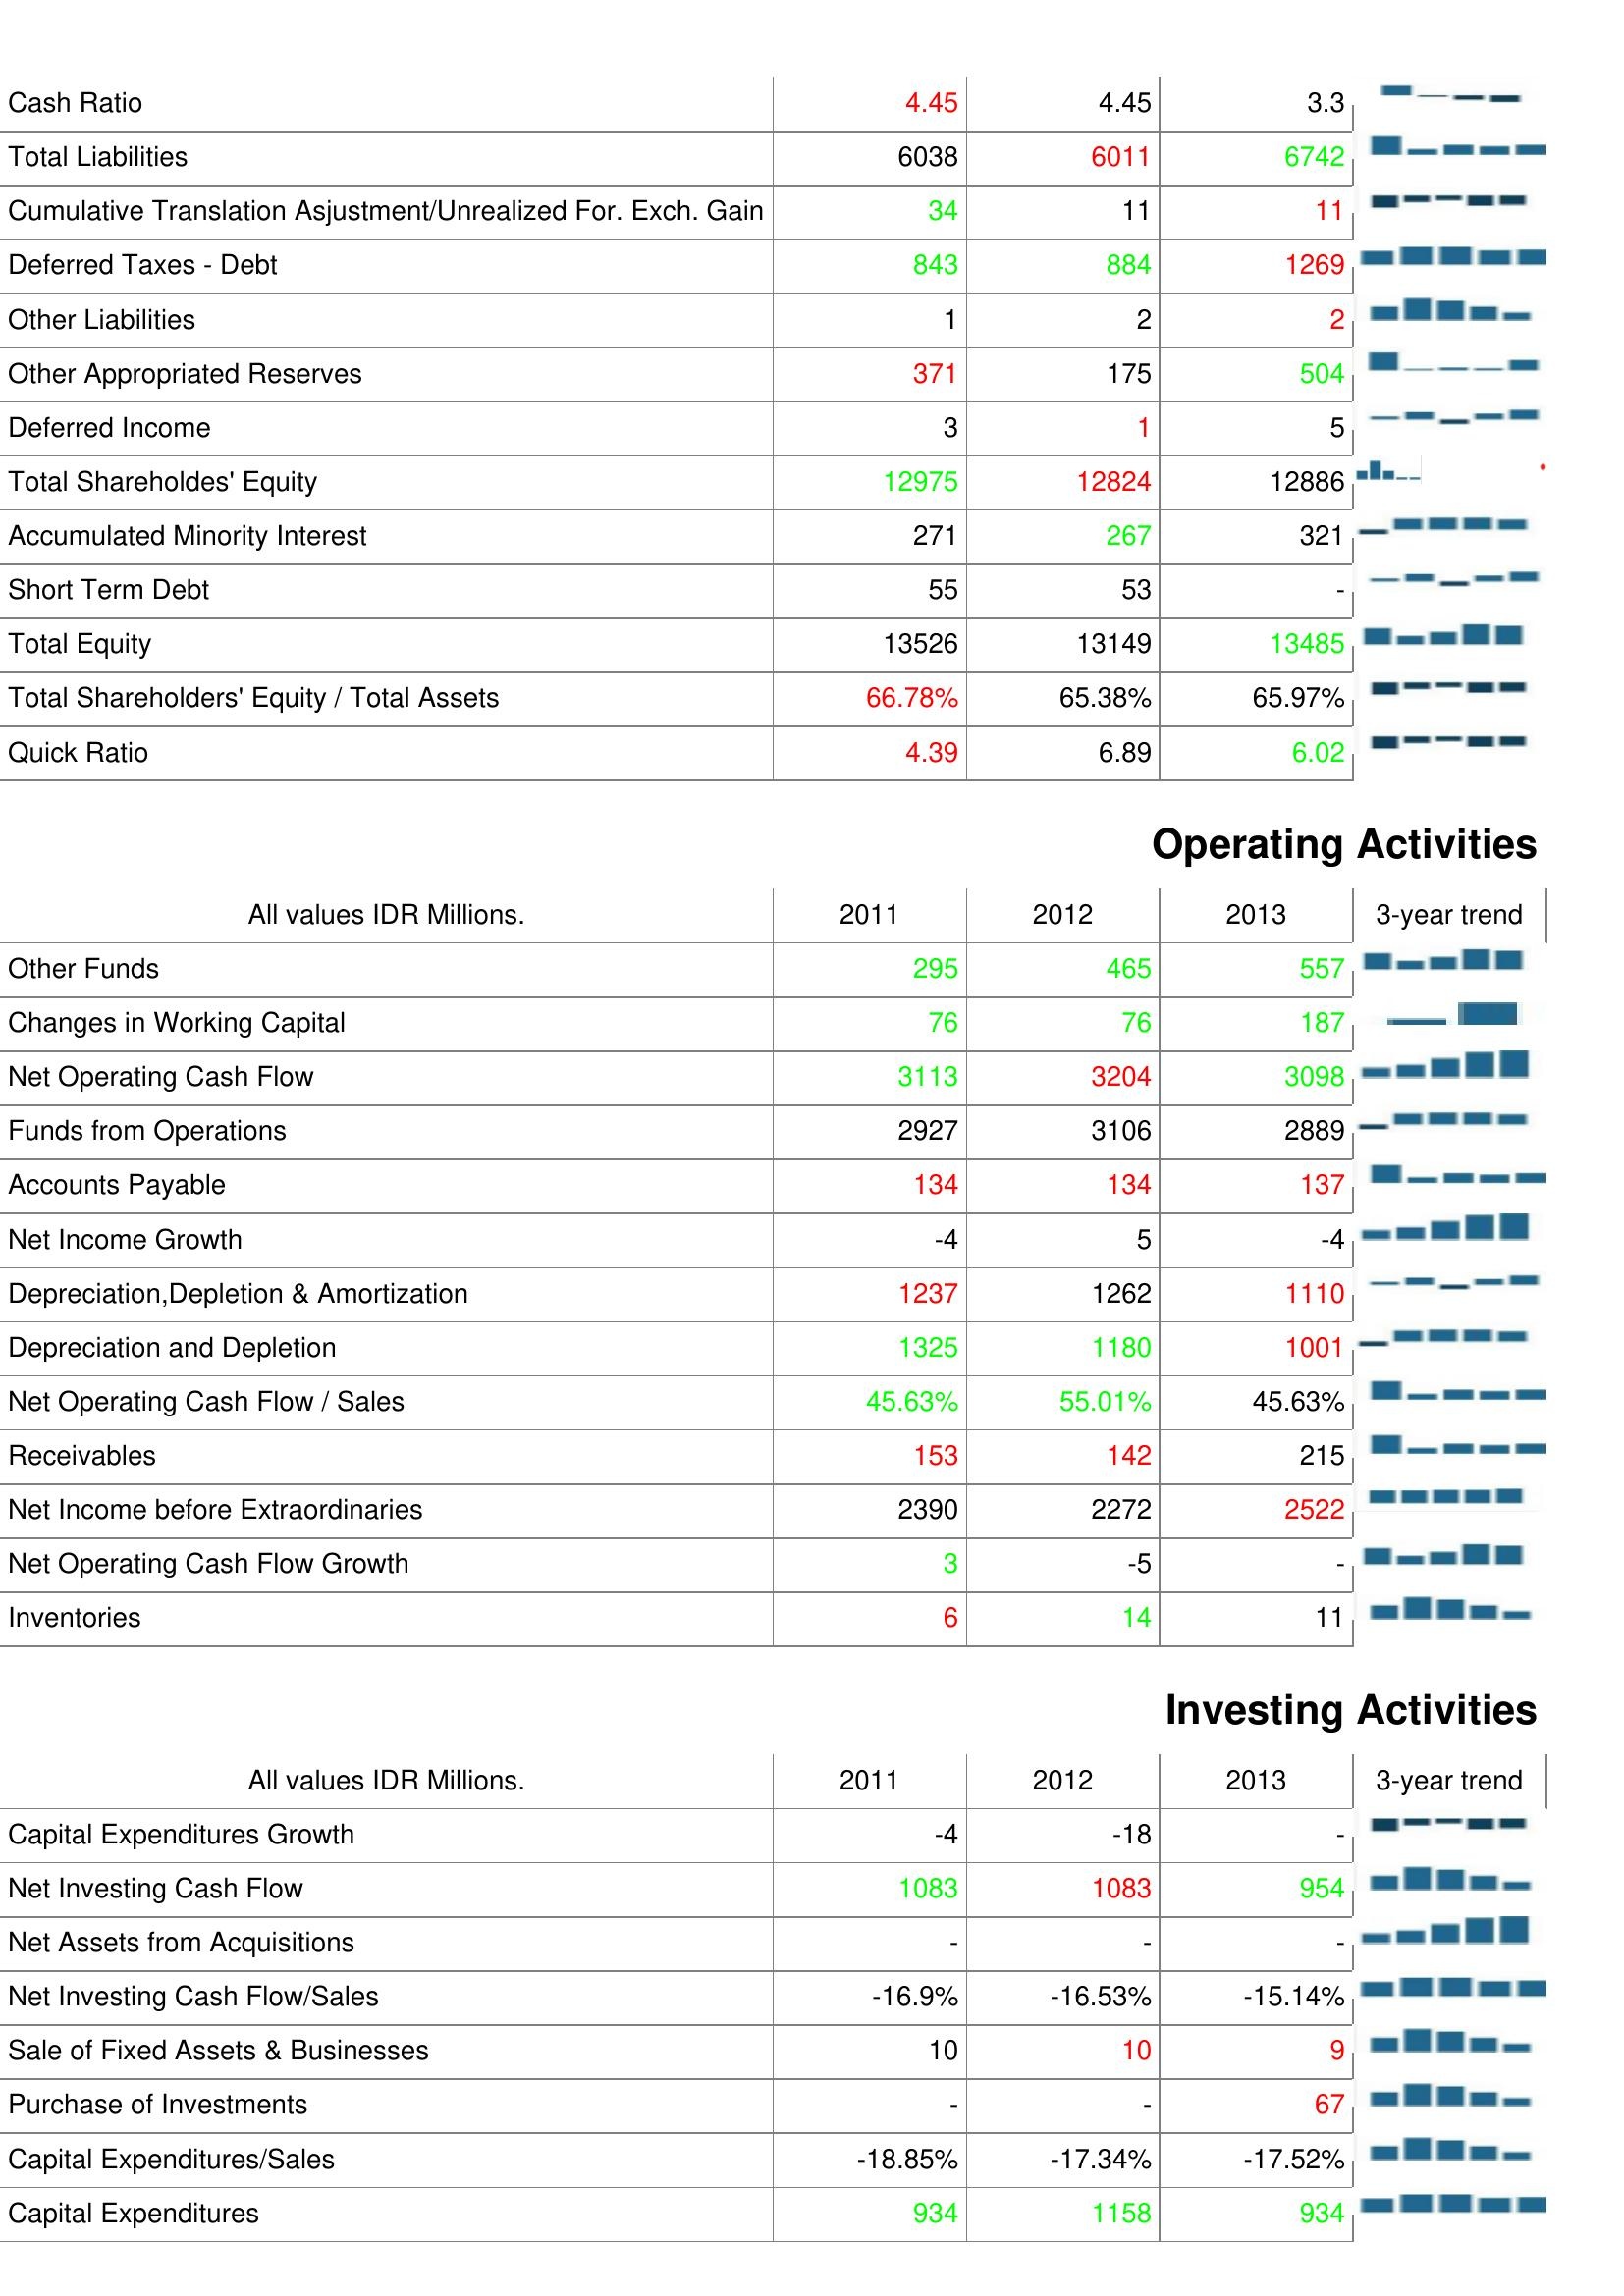
2011: Liabilities & Shareholder's Equity: Cash Ratio: 4.45
Total Liabilities: 6038
Cumulative Translation Asjustment/Unrealized For. Exch. Gain: 34
Deferred Taxes - Debt: 843
Other Liabilities: 1
Other Appropriated Reserves: 371
Deferred Income: 3
Total Shareholdes' Equity: 12975
Accumulated Minority Interest: 271
Short Term Debt: 55
Total Equity: 13526
Total Shareholders' Equity / Total Assets: 66.78%
Quick Ratio: 4.39
Operating Activities: Other Funds: 295
Changes in Working Capital: 76
Net Operating Cash Flow: 3113
Funds from Operations: 2927
Accounts Payable: 134
Net Income Growth: -4
Depreciation,Depletion & Amortization: 1237
Depreciation and Depletion: 1325
Net Operating Cash Flow / Sales: 45.63%
Receivables: 153
Net Income before Extraordinaries: 2390
Net Operating Cash Flow Growth: 3
Inventories: 6
Investing Activities: Capital Expenditures Growth: -4
Net Investing Cash Flow: 1083
Net Assets from Acquisitions: -
Net Investing Cash Flow/Sales: -16.9%
Sale of Fixed Assets & Businesses: 10
Purchase of Investments: -
Capital Expenditures/Sales: -18.85%
Capital Expenditures: 934
2012: Liabilities & Shareholder's Equity: Cash Ratio: 4.45
Total Liabilities: 6011
Cumulative Translation Asjustment/Unrealized For. Exch. Gain: 11
Deferred Taxes - Debt: 884
Other Liabilities: 2
Other Appropriated Reserves: 175
Deferred Income: 1
Total Shareholdes' Equity: 12824
Accumulated Minority Interest: 267
Short Term Debt: 53
Total Equity: 13149
Total Shareholders' Equity / Total Assets: 65.38%
Quick Ratio: 6.89
Operating Activities: Other Funds: 465
Changes in Working Capital: 76
Net Operating Cash Flow: 3204
Funds from Operations: 3106
Accounts Payable: 134
Net Income Growth: 5
Depreciation,Depletion & Amortization: 1262
Depreciation and Depletion: 1180
Net Operating Cash Flow / Sales: 55.01%
Receivables: 142
Net Income before Extraordinaries: 2272
Net Operating Cash Flow Growth: -5
Inventories: 14
Investing Activities: Capital Expenditures Growth: -18
Net Investing Cash Flow: 1083
Net Assets from Acquisitions: -
Net Investing Cash Flow/Sales: -16.53%
Sale of Fixed Assets & Businesses: 10
Purchase of Investments: -
Capital Expenditures/Sales: -17.34%
Capital Expenditures: 1158
2013: Liabilities & Shareholder's Equity: Cash Ratio: 3.3
Total Liabilities: 6742
Cumulative Translation Asjustment/Unrealized For. Exch. Gain: 11
Deferred Taxes - Debt: 1269
Other Liabilities: 2
Other Appropriated Reserves: 504
Deferred Income: 5
Total Shareholdes' Equity: 12886
Accumulated Minority Interest: 321
Short Term Debt: -
Total Equity: 13485
Total Shareholders' Equity / Total Assets: 65.97%
Quick Ratio: 6.02
Operating Activities: Other Funds: 557
Changes in Working Capital: 187
Net Operating Cash Flow: 3098
Funds from Operations: 2889
Accounts Payable: 137
Net Income Growth: -4
Depreciation,Depletion & Amortization: 1110
Depreciation and Depletion: 1001
Net Operating Cash Flow / Sales: 45.63%
Receivables: 215
Net Income before Extraordinaries: 2522
Net Operating Cash Flow Growth: -
Inventories: 11
Investing Activities: Capital Expenditures Growth: -
Net Investing Cash Flow: 954
Net Assets from Acquisitions: -
Net Investing Cash Flow/Sales: -15.14%
Sale of Fixed Assets & Businesses: 9
Purchase of Investments: 67
Capital Expenditures/Sales: -17.52%
Capital Expenditures: 934